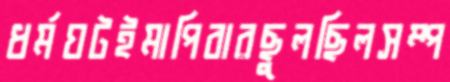
ধর্মঘটইমাপিবারছুলছিলসম্প